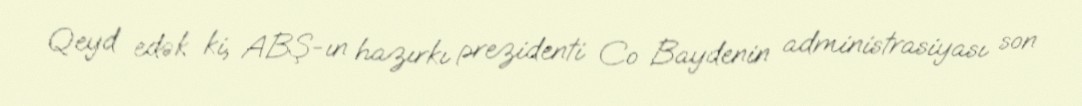
Qeyd edək ki, ABŞ-ın hazırkı prezidenti Co Baydenin administrasiyası son